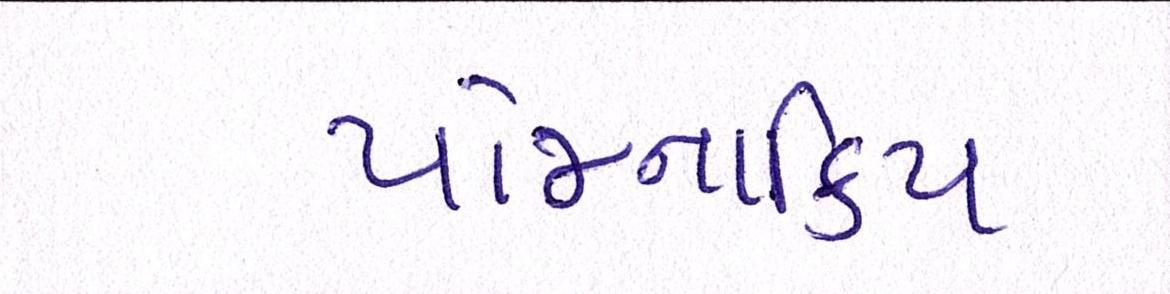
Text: યોજનાકિય